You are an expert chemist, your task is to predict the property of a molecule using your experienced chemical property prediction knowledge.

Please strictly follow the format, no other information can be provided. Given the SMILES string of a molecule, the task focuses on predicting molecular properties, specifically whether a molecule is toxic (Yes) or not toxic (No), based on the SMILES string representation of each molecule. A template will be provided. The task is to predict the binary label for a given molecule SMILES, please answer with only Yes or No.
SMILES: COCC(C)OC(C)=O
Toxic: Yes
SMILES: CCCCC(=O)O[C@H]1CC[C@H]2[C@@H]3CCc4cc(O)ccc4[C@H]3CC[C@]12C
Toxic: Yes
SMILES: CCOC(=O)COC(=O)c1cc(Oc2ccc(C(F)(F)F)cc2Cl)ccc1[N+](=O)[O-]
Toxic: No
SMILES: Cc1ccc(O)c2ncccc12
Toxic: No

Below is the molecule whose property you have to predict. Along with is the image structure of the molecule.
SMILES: CCCCO[AlH3](OCCCC)OCCCC
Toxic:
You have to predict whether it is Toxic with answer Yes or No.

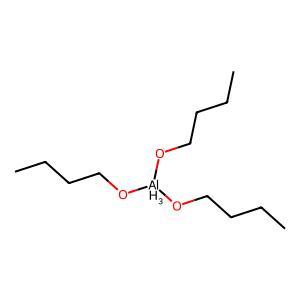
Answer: No